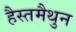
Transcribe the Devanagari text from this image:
हैस्तमैथुन